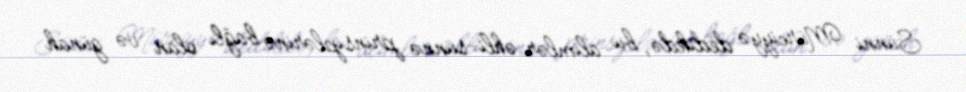
Sünni Mürciyyə dedikdə, bu alimlər əhli-sünnə prinsiplərinə bağlı olan və günah